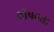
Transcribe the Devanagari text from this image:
थोपवता